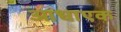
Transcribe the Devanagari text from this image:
आधाएक